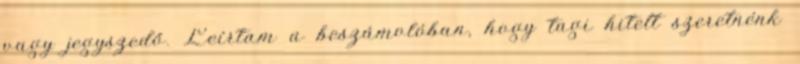
vagy jegyszedő. Leírtam a beszámolóban, hogy tagi hitelt szeretnénk